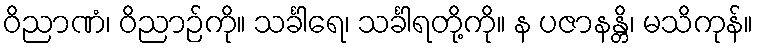
ဝိညာဏံ၊ ဝိညာဉ်ကို။ သင်္ခါရေ၊ သင်္ခါရတို့ကို။ န ပဇာနန္တိ၊ မသိကုန်။